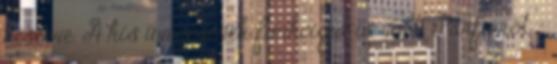
kísérve. A kis üvegcsének funkciója is volt. Parfümöt -